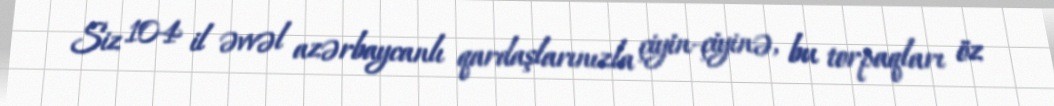
Siz 104 il əvvəl azərbaycanlı qardaşlarınızla çiyin-çiyinə, bu torpaqları öz